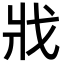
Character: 戕